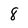
Character: 8